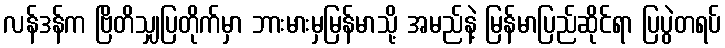
လန်ဒန်က ဗြိတိသျှပြတိုက်မှာ ဘားမားမှမြန်မာသို့ အမည်နဲ့ မြန်မာပြည်ဆိုင်ရာ ပြပွဲတရပ်